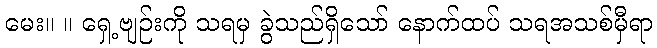
မေး။ ။ ရှေ့ဗျဉ်းကို သရမှ ခွဲသည်ရှိသော် နောက်ထပ် သရအသစ်မှီရာ